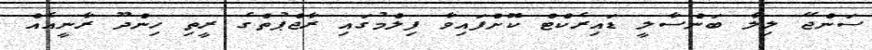
ސަންޖޭ ލިލާ ބަންސާލީ ޑައިރެކްޓް ކޮށްފައިވާ ފިލްމުގައި ރާޖްޕުތްގެ ރީތި ހިންދޫ ރާނީއެއް